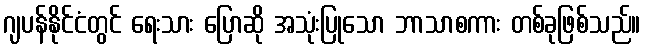
ဂျပန်နိုင်ငံတွင် ရေးသား ပြောဆို အသုံးပြုသော ဘာသာစကား တစ်ခုဖြစ်သည်။